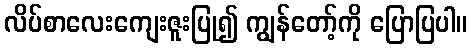
လိပ်စာလေးကျေးဇူးပြု၍ ကျွန်တော့်ကို ပြောပြပါ။